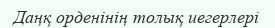
Даңқ орденінің толық иегерлері